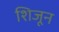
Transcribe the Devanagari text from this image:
शिजून